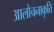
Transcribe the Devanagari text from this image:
आलोचनाकृति